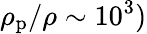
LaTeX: \rho_{\mathrm{p}}/\rho\sim 10^{3})